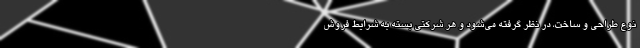
نوع طراحی و ساخت، در نظر گرفته می‌شود و هر شرکتی بسته به شرایط فروش